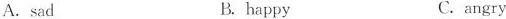
A.sad B.happy C.angry